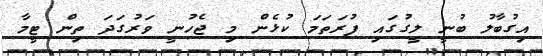
އިގުބާލު ބުނީ ލީގުގައި ފުރަތަމަ ކުޅެން މި ޖެހުނީ ވަރުގަދަ ތިން ޓީމާ